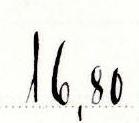
16,80